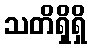
သတိရှိရှိ